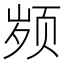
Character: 𱂤